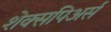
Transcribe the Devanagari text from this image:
शेक्सपिअर्स